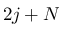
2 j + N